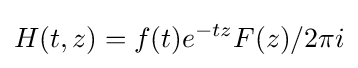
H(t,z)=f(t)e^{-tz}F(z)/2\pi i